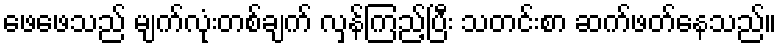
ဖေဖေသည် မျက်လုံးတစ်ချက် လှန်ကြည့်ပြီး သတင်းစာ ဆက်ဖတ်နေသည်။